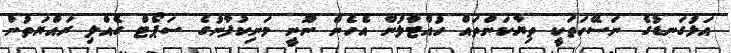
އަޅުގަނޑުގެ ނަސޭހަތަކީ ތިޔާކަންތައް ހުއްޓާލުން އެހެން ނޫނީ މަނިކުފާނުގެ ސަޕޯޓް ގެއްލި ރައްޔަތުން